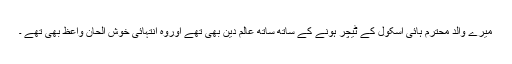
میرے والد محترم ہائی اسکول کے ٹیچر ہونے کے ساتھ ساتھ عالم دین بھی تھے اوروہ انتہائی خوش الحان واعظ بھی تھے ۔